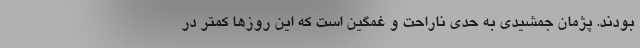
بودند. پژمان جمشیدی به حدی ناراحت و غمگین است که این روز‌ها کمتر در